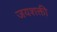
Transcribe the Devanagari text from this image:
जयशक्ती